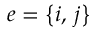
e = \ensuremath { \left\{ i , \, j \right\} }